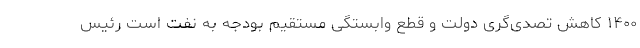
۱۴۰۰ کاهش تصدی‌گری‌ دولت و قطع وابستگی مستقیم بودجه به نفت است رئیس